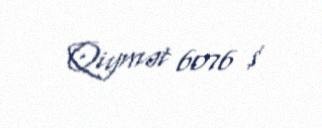
Qiymət 6076 $